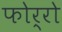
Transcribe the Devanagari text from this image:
फोर्रो